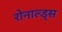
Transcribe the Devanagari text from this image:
रोनाल्ड्स